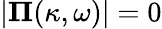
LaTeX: |\boldsymbol{\Pi}(\kappa,\omega)|=0